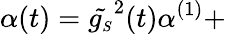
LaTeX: \alpha(t)=\tilde{g_{\scriptscriptstyle S}}^{2}(t)\alpha^{(1)}+